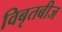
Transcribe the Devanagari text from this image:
विबृतबीज